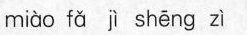
miào fǎ jì shēng zì